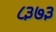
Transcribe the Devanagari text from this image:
८३७३